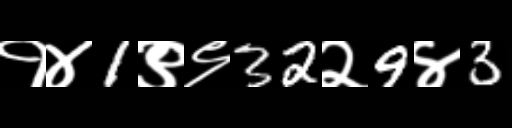
Text: १४1९९32२9४3